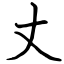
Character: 丈